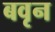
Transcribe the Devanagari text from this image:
बवृन